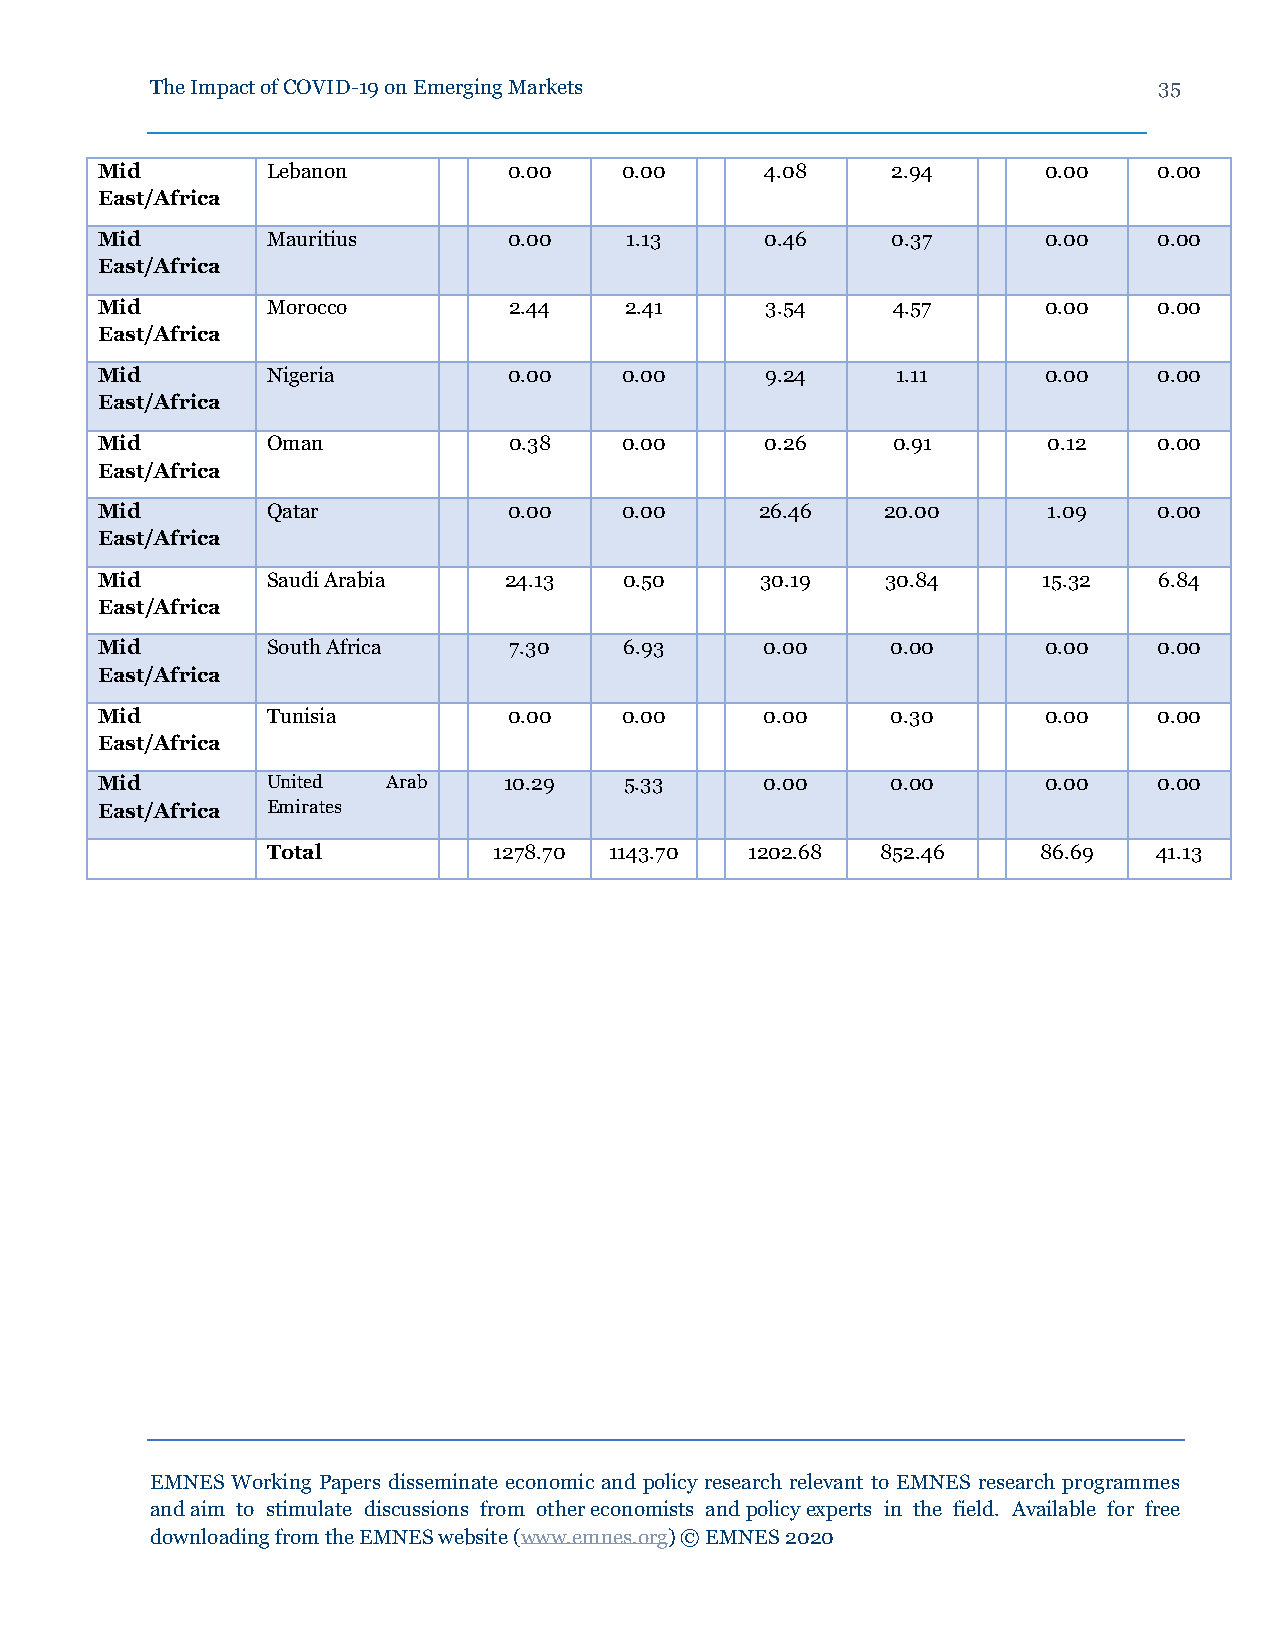
The Impact of COVID-19 on Emerging Markets                         35
 Mid         Lebanon         0.00   0.00      4.08    2.94      0.00    0.00
 East/Africa
 Mid         Mauritius       0.00   1.13      0.46    0.37      0.00    0.00
 East/Africa
 Mid         Morocco         2.44   2.41      3.54    4.57      0.00    0.00
 East/Africa
 Mid         Nigeria         0.00   0.00      9.24    1.11      0.00    0.00
 East/Africa
 Mid         Oman            0.38   0.00      0.26    0.91      0.12    0.00
 East/Africa
 Mid         Qatar           0.00   0.00     26.46    20.00     1.09    0.00
 East/Africa
 Mid         Saudi Arabia   24.13   0.50     30.19    30.84     15.32   6.84
 East/Africa
 Mid         South Africa    7.30   6.93      0.00    0.00      0.00    0.00
 East/Africa
 Mid         Tunisia         0.00   0.00      0.00    0.30      0.00    0.00
 East/Africa
 Mid         United  Arab   10.29   5.33      0.00    0.00      0.00    0.00
 East/Africa Emirates
 Total          1278.70 1143.70  1202.68 852.46     86.69   41.13
 EMNES Working Papers disseminate economic and policy research relevant to EMNES research programmes
 and aim to stimulate discussions from other economists and policy experts in the field. Available for free
 downloading from the EMNES website (www.emnes.org) © EMNES 2020